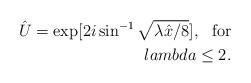
LaTeX: \begin{align*}\hat U = \exp[ 2 i \sin^{-1} \sqrt{\lambda \hat x/ 8} ], \ \ {\rm for }\\lambda \leq 2 .\end{align*}